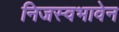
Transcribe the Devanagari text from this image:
निजस्वभावेन